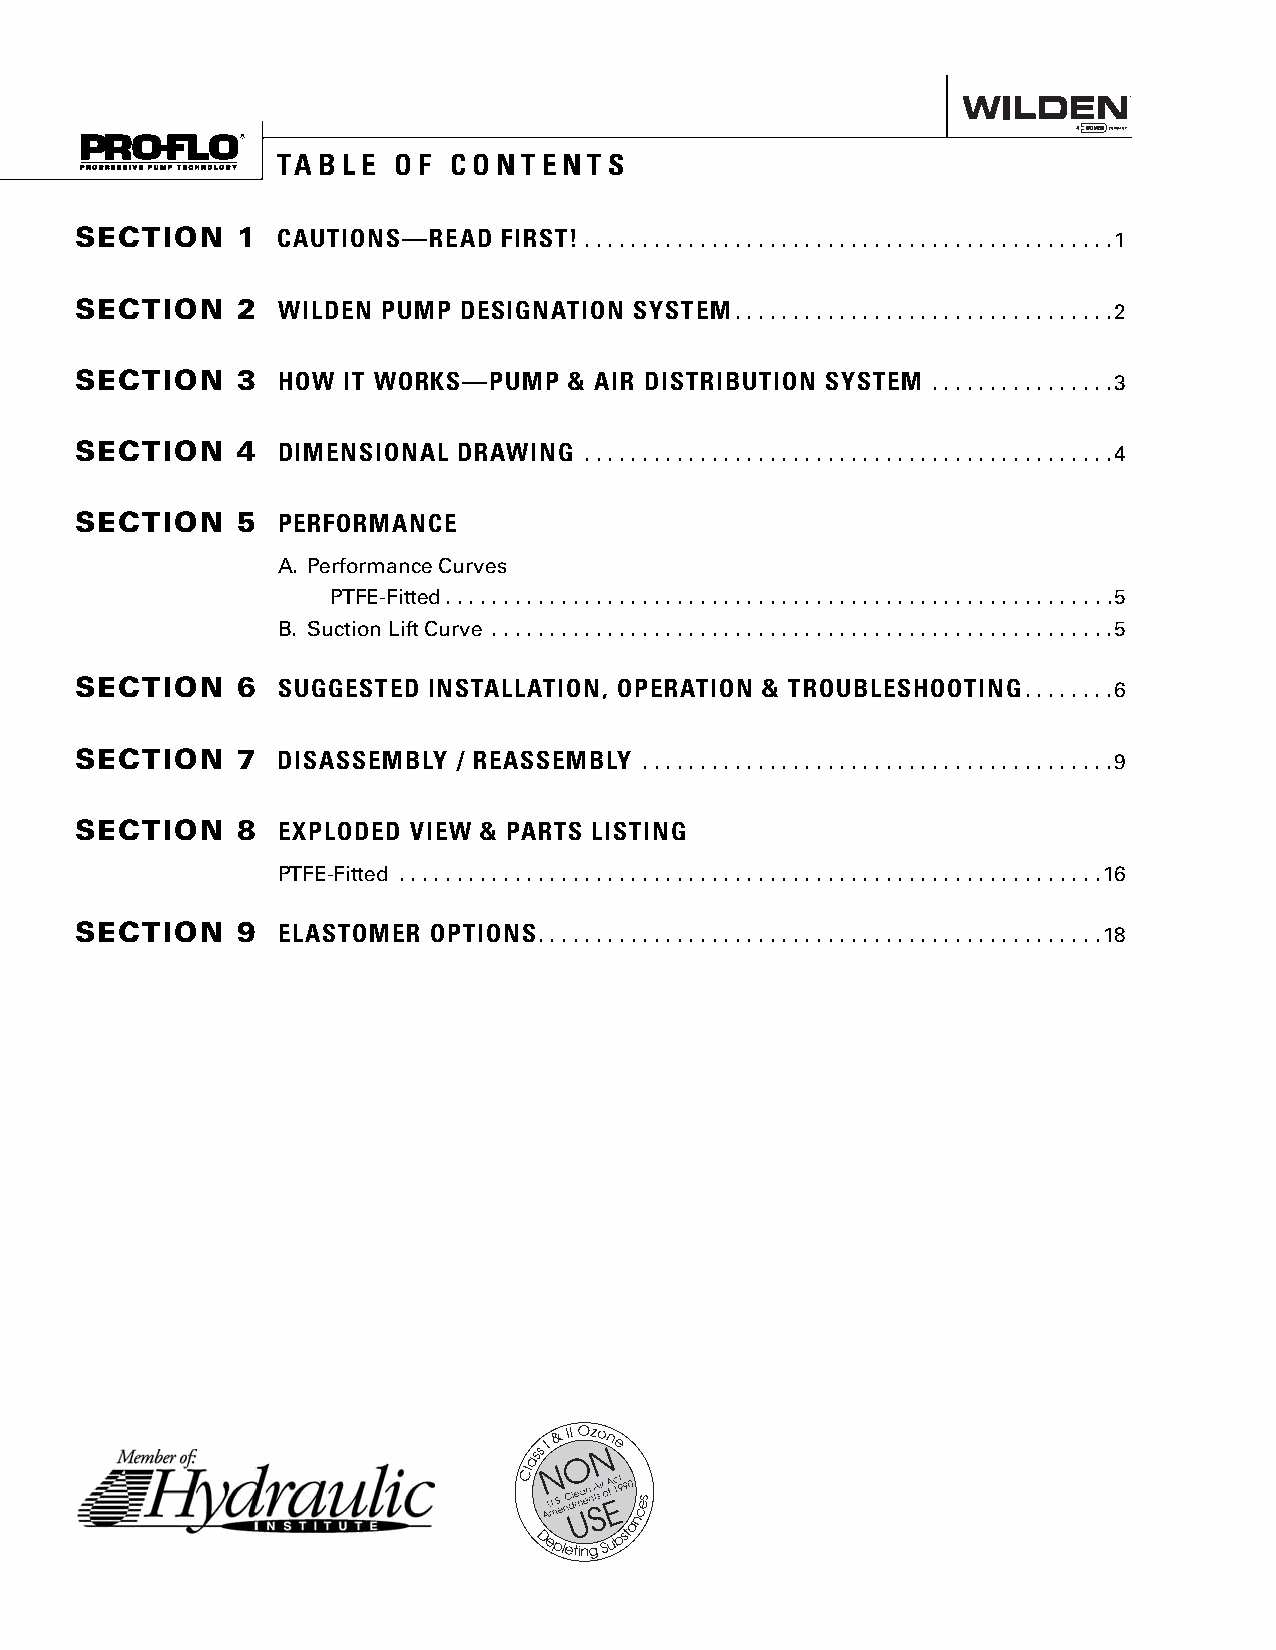
TABLE   OF  CONTENTS
 SECTION    1 CAUTIONS—READ  FIRST! . . . . . . . . . . . . . . . . . . . . . . . . . . . . . . . . . . . . . . . . . . . . . .1
 SECTION    2 WILDEN PUMP  DESIGNATION SYSTEM . . . . . . . . . . . . . . . . . . . . . . . . . . . . . . . . .2
 SECTION    3 HOW  IT WORKS—PUMP  & AIR DISTRIBUTION SYSTEM . . . . . . . . . . . . . . . .3
 SECTION    4 DIMENSIONAL DRAWING  . . . . . . . . . . . . . . . . . . . . . . . . . . . . . . . . . . . . . . . . . . . . . .4
 SECTION    5 PERFORMANCE
 A. Performance Curves
 PTFE-Fitted . . . . . . . . . . . . . . . . . . . . . . . . . . . . . . . . . . . . . . . . . . . . . . . . . . . . . . . . . .5
 B. Suction Lift Curve . . . . . . . . . . . . . . . . . . . . . . . . . . . . . . . . . . . . . . . . . . . . . . . . . . . . . .5
 SECTION    6 SUGGESTED INSTALLATION, OPERATION & TROUBLESHOOTING . . . . . . . .6
 SECTION    7 DISASSEMBLY / REASSEMBLY . . . . . . . . . . . . . . . . . . . . . . . . . . . . . . . . . . . . . . . . .9
 SECTION    8 EXPLODED VIEW & PARTS LISTING
 PTFE-Fitted . . . . . . . . . . . . . . . . . . . . . . . . . . . . . . . . . . . . . . . . . . . . . . . . . . . . . . . . . . . . .16
 SECTION    9 ELASTOMER  OPTIONS . . . . . . . . . . . . . . . . . . . . . . . . . . . . . . . . . . . . . . . . . . . . . . . . .18